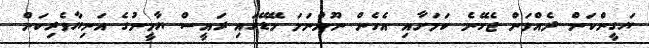
ޔަގީންކަން ދެއްވަން ޖެހޭނެ ކަމަށާއި އެހެން ނޫންނަމަ މޭޑޭގައި ރައީސް ޔާމީނުގެ އަނިޔާވެރިކަން